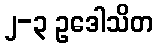
၂-၃ ဥဒေါသိတ